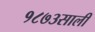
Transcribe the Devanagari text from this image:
१८७३साली